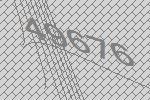
49676